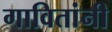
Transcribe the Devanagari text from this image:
गावितांनी